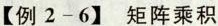
【例2-6】矩阵乘积